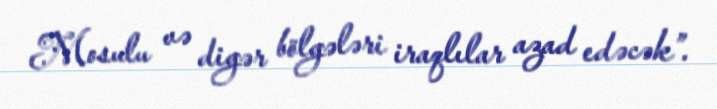
Mosulu və digər bölgələri iraqlılar azad edəcək”.